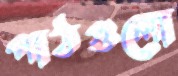
পাঠগুলো